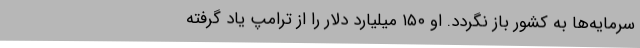
سرمایه‌ها به کشور باز نگردد. او ۱۵۰ میلیارد دلار را از ترامپ یاد گرفته